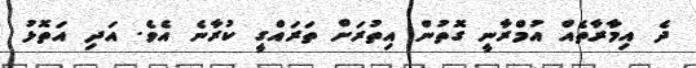
ދެ އިމާރާތެއް އުމްރާނީ ގޮތުން އިތުރަށް ތަރައްގީ ކުރާނެ އެވެ. އަދި އަތޮޅު